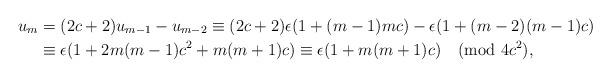
LaTeX: \begin{align*}u_{m} & =(2c+2)u_{m-1}-u_{m-2}\equiv(2c+2)\epsilon(1+(m-1)mc)-\epsilon(1+(m-2)(m-1)c)\\& \equiv\epsilon(1+2m(m-1)c^{2}+m(m+1)c)\equiv\epsilon(1+m(m+1)c)\pmod{4c^2},\end{align*}